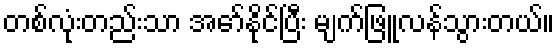
တစ်လုံးတည်းသာ အော်နိုင်ပြီး မျက်ဖြူလန်သွားတယ်။